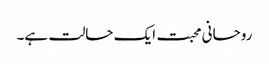
روحانی محبت ایک حالت ہے۔